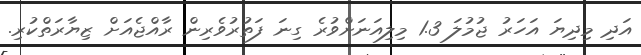
އަދި މިދިޔަ އަހަރު ޖުމުލަ 1.3 މިލިއަނަށްވުރެ ގިނަ ފަތުރުވެރިން ރާއްޖެއަށް ޒިޔާރަތްކުރި.